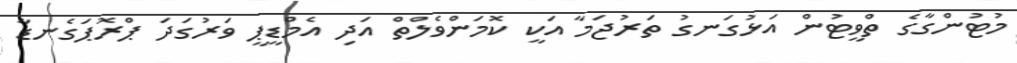
މުޓުންގާގެ ތްވީޓުން އަޅުގަނގު ތަރުޖަމާ އަކީ ކޮމަންވެލްތް އަދި އެމްޑީޕީ ވަރުގަދަ ޕްރޮޕަގެނޑާ